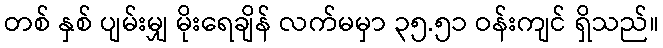
တစ် နှစ် ပျမ်းမျှ မိုးရေချိန် လက်မမှာ ၃၅.၅၁ ဝန်းကျင် ရှိသည်။